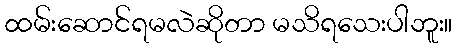
ထမ်းဆောင်ရမလဲဆိုတာ မသိရသေးပါဘူး။